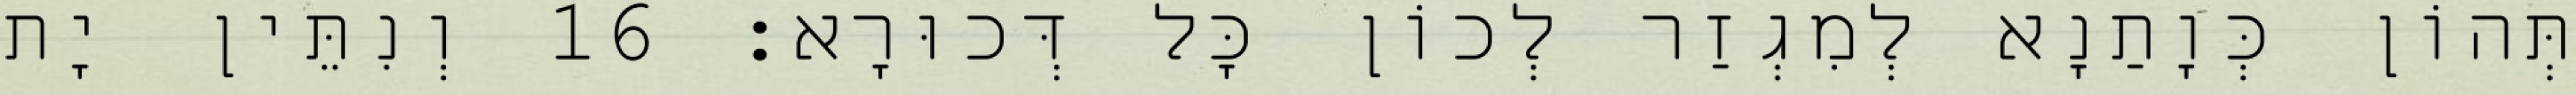
תְּהוֹן כְּוָתַנָא לְמִגְזַר לְכוֹן כָּל דְּכוּרָא׃ 16 וְנִתֵּין יָת